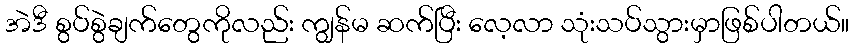
အဲဒီ စွပ်စွဲချက်တွေကိုလည်း ကျွန်မ ဆက်ပြီး လေ့လာ သုံးသပ်သွားမှာဖြစ်ပါတယ်။